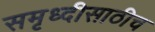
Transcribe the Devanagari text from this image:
समृध्दीसाठीच